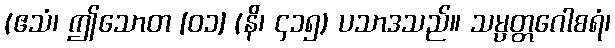
(ဧသံ၊ ဤသောတ [၀၁] (နိ၊ ၄၁၅) ပသာဒသည်။ သမ္ပတ္တဂေါစရံ၊